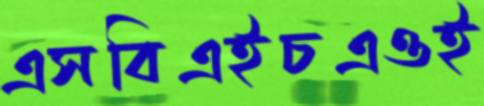
এসবিএইচএওই